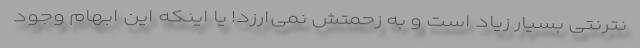
نترنتی بسیار زیاد است و به زحمتش نمی‌ارزد! یا اینکه این ابهام وجود